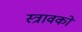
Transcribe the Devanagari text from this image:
स्त्रावकों